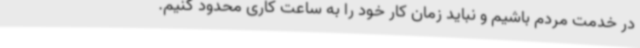
در خدمت مردم باشیم و نباید زمان کار خود را به ساعت کاری محدود کنیم.